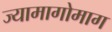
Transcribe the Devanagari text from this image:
ज्यामागोमाग